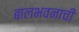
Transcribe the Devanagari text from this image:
बालभवनाची